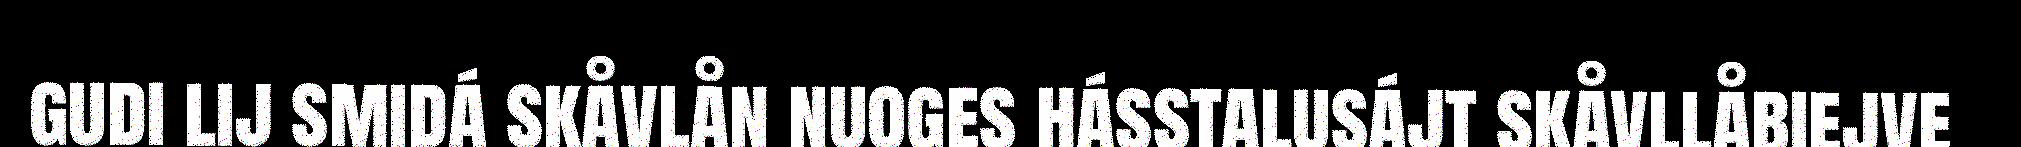
gudi lij smidá skåvlån nuoges hásstalusájt skåvllåbiejve